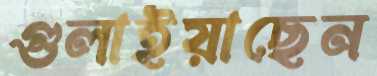
গুলাইয়াছেন